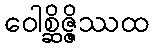
ဝေါစ္ဆိဇ္ဇိဿထ